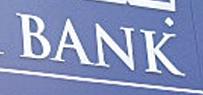
bank